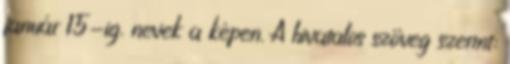
január 15-ig, nevek a képen. A hivatalos szöveg szerint: